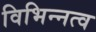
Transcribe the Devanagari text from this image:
विभिन्नत्व